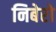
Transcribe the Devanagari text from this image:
निबेरो